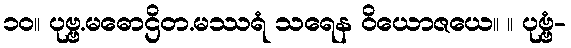
၁၀။ ပုဗ္ဗ.မဓောဌိတ.မဿရံ သရေန ဝိယောဇယေ။ ။ ပုဗ္ဗံ-